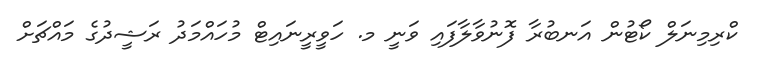
ކްރިމިނަލް ކޯޓުން އަނބުރާ ފޮނުވާލާފައި ވަނީ މ. ހަވީރީނައިޓް މުހައްމަދު ރަޝީދުގެ މައްޗަށް